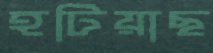
হটিয়াছ